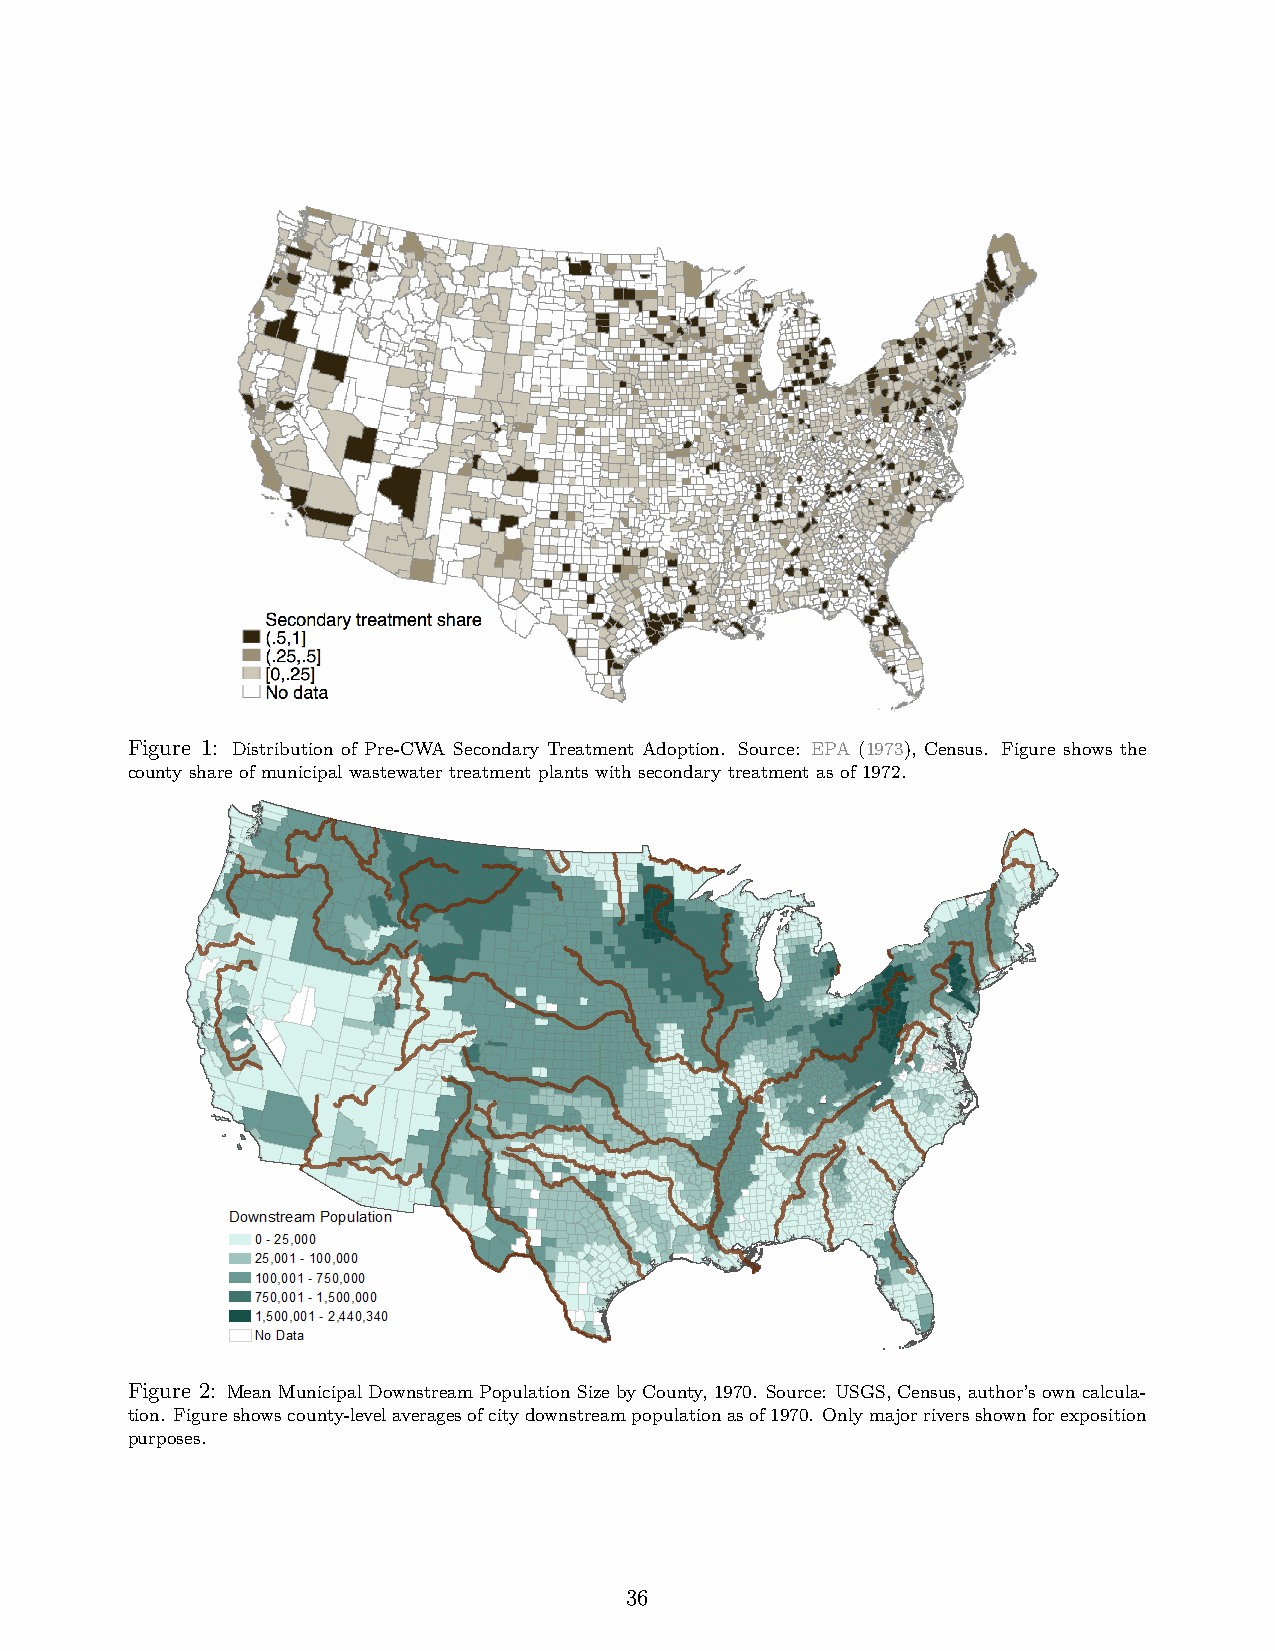
Figure 1: Distribution of Pre-CWA Secondary Treatment Adoption. Source: EPA (1973), Census. Figure shows the
 county share of municipal wastewater treatment plants with secondary treatment as of 1972.
 Figure 2: MeanMunicipalDownstreamPopulationSizebyCounty,1970. Source: USGS,Census,author’sowncalcula-
 tion. Figureshowscounty-levelaveragesofcitydownstreampopulationasof1970. Onlymajorriversshownforexposition
 purposes.
 36